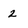
Character: 2